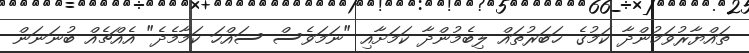
ތައްޔާރުވަމުންދާ ކަމުގެ ޚަބަރުތައް ލިބެމުންދާ ކަމަށާއި "ނަމަވެސް ސައްހަ ކަމާމެދެ" އެއްޗެއް ބުނަނަން